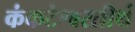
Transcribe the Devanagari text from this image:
कंकटेश्वरतीर्थ